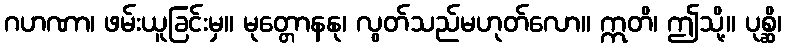
ဂဟဏာ၊ ဖမ်းယူခြင်းမှ။ မုတ္တောနနု၊ လွတ်သည်မဟုတ်လော။ ဣတိ၊ ဤသို့။ ပုစ္ဆိ၊